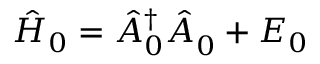
\hat { H } _ { 0 } = \hat { A } _ { 0 } ^ { \dagger } \hat { A } _ { 0 } ^ { \phantom { \dagger } } + E _ { 0 }